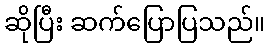
ဆိုပြီး ဆက်ပြောပြသည်။